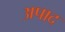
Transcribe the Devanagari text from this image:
अपाद